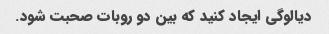
دیالوگی ایجاد کنید که بین دو روبات صحبت شود.